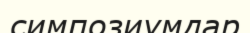
симпозиумдар